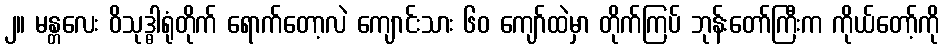
၂။ မန္တလေး ဝိသုဒ္ဓါရုံတိုက် ရောက်တော့လဲ ကျောင်းသား ၆၀ ကျော်ထဲမှာ တိုက်ကြပ် ဘုန်းတော်ကြီးက ကိုယ်တော့်ကို